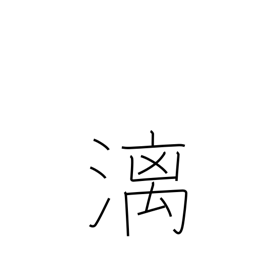
Meaning: dropping